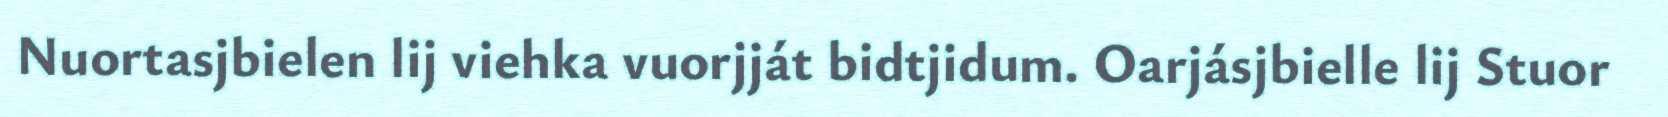
Nuortasjbielen lij viehka vuorjját bidtjidum. Oarjásjbielle lij Stuor